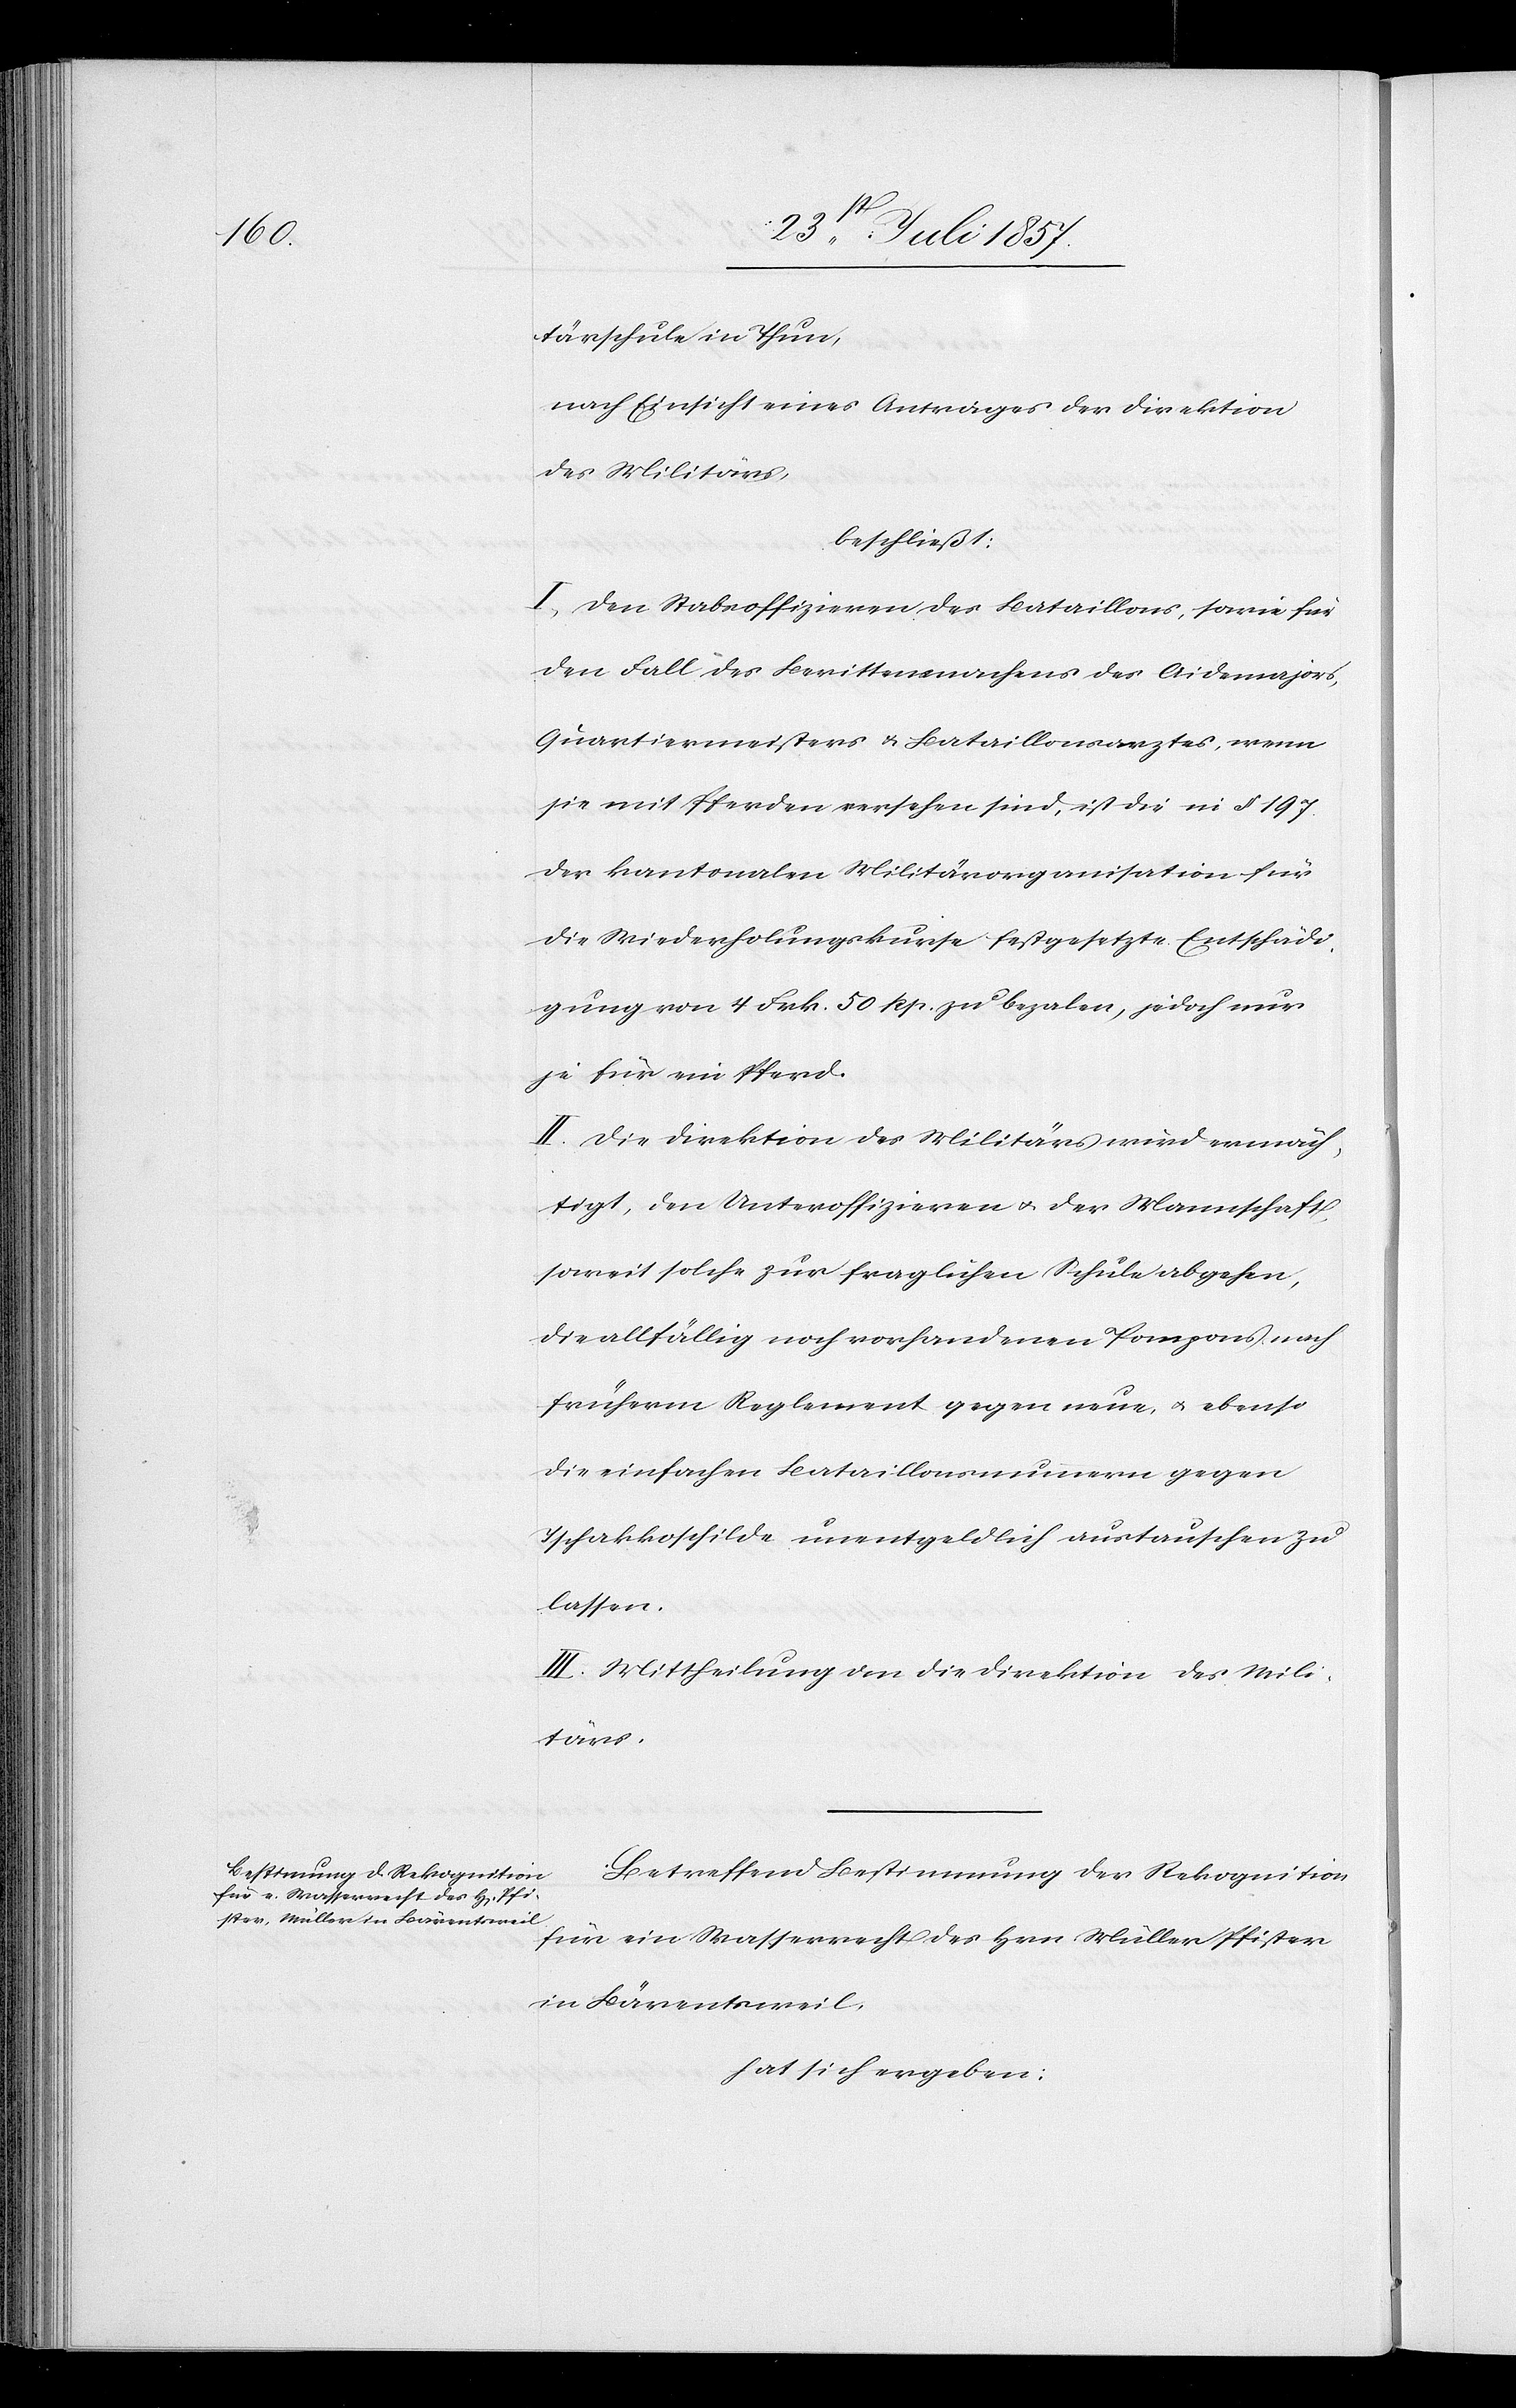
tärschule in Thun,
nach Einsicht eines Antrages der Direktion
des Militärs,
beschließt:
I. Den Stabsoffizieren des Bataillons, sowie für
den Fall des Berittenmachens der Aidemajors,
Quartiermeisters & Bataillonsarztes, wenn
sie mit Pferden versehen sind, ist die in § 197
der kantonalen Militärorganisation für
die Wiederholungskurse festgesetzte Entschädi¬
gung von 4 Frk. 50 Rp. zu bezalen, jedoch nur
je für ein Pferd.
II. Die Direktion des Militärs wird ermäch¬
tigt, den Unteroffizieren & der Mannschaft,
soweit solche zur fraglichen Schule abgehen,
die allfällig noch vorhandenen Pompons nach
früherm Reglement gegen neue & ebenso
die einfachen Bataillonsnummern gegen
Tschakkoschilde unentgeldlich austauschen zu
lassen.
III. Mittheilung an die Direktion des Mili¬
tärs.
Betreffend Bestimmung der Rekognition
für ein Wasserrecht des Hrn Müller Pfister
in Bärentsweil,
hat sich ergeben: